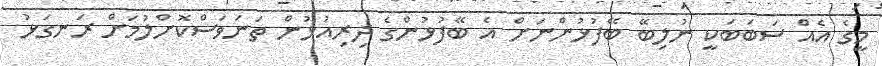
މީގެ އެއް ސަބަބަކީ ނުލިބޭ ބޭފުޅުންނަށް އެ ބޭފުޅުންގެ ދިރިއުޅުން ތަނަވަސްކޮށްލުމަށް ރަނގަޅު